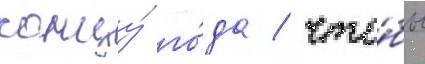
концу́ го́да / что́бы